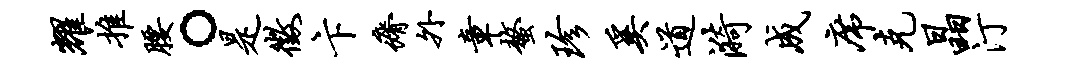
耀推腰。是征卞瘠外章螯珍奚道漪成席克晶汀